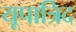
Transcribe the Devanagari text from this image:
यूपात्रिद